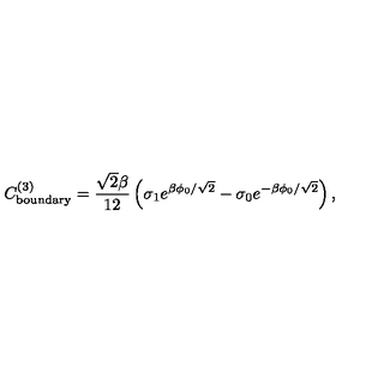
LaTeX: C _ { \mathrm { b o u n d a r y } } ^ { ( 3 ) } = \frac { \sqrt { 2 } \beta } { 1 2 } \left( \sigma _ { 1 } e ^ { \beta \phi _ { 0 } / \sqrt { 2 } } - \sigma _ { 0 } e ^ { - \beta \phi _ { 0 } / \sqrt { 2 } } \right) ,